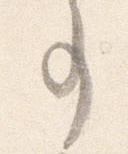
事